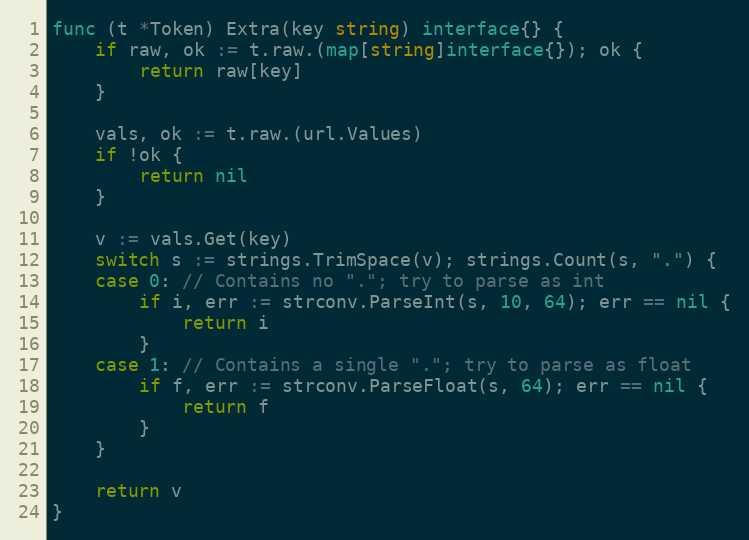
Language: Go
func (t *Token) Extra(key string) interface{} {
	if raw, ok := t.raw.(map[string]interface{}); ok {
		return raw[key]
	}

	vals, ok := t.raw.(url.Values)
	if !ok {
		return nil
	}

	v := vals.Get(key)
	switch s := strings.TrimSpace(v); strings.Count(s, ".") {
	case 0: // Contains no "."; try to parse as int
		if i, err := strconv.ParseInt(s, 10, 64); err == nil {
			return i
		}
	case 1: // Contains a single "."; try to parse as float
		if f, err := strconv.ParseFloat(s, 64); err == nil {
			return f
		}
	}

	return v
}